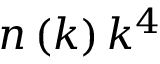
n \left( k \right) k ^ { 4 }